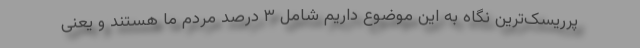
پرریسک‌ترین نگاه به این موضوع داریم شامل ۳ درصد مردم ما هستند و یعنی